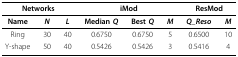
<table><thead><tr><td colspan="3"><b>Networks</b></td><td colspan="3"><b>iMod</b></td><td colspan="2"><b>ResMod</b></td></tr></thead><tbody><tr><td><b>Name</b></td><td><b><i>N</i></b></td><td><b><i>L</i></b></td><td><b>Median <i>Q</i></b></td><td><b>Best <i>Q</i></b></td><td><b><i>M</i></b></td><td><b><i>Q_Reso</i></b></td><td><b><i>M</i></b></td></tr><tr><td>Ring</td><td>30</td><td>40</td><td>0.6750</td><td>0.6750</td><td>5</td><td>0.6500</td><td>10</td></tr><tr><td>Y-shape</td><td>50</td><td>40</td><td>0.5426</td><td>0.5426</td><td>3</td><td>0.5416</td><td>4</td></tr></tbody></table>